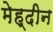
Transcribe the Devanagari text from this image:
मेह्दीन